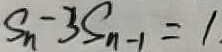
S _ { n } - 3 S _ { n - 1 } = 1 .